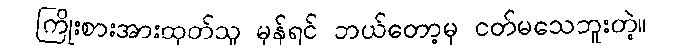
ကြိုးစားအားထုတ်သူ မှန်ရင် ဘယ်တော့မှ ငတ်မသေဘူးတဲ့။